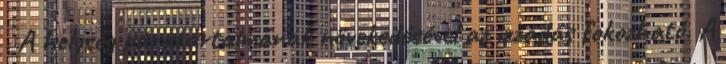
. A helység páratartalmának növekedésével az izzadás fokozható. A